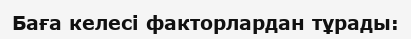
Баға келесі факторлардан тұрады: